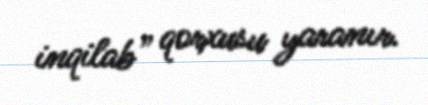
inqilab” qorxusu yaranır.